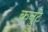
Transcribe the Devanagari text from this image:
कनुटे